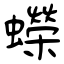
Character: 蠑